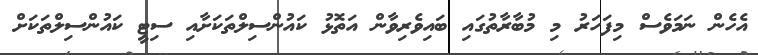
އެހެން ނަމަވެސް މިފަހަރު މި މުބާރާތުގައި ބައިވެރިވާން އަތޮޅު ކައުންސިލްތަކަށާއި ސިޓީ ކައުންސިލްތަކަށް